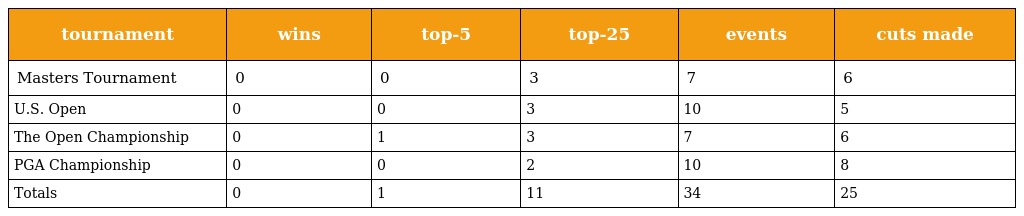
| tournament | wins | top-5 | top-25 | events | cuts made |
 | --- | --- | --- | --- | --- | --- |
 | Masters Tournament | 0 | 0 | 3 | 7 | 6 |
 | U.S. Open | 0 | 0 | 3 | 10 | 5 |
 | The Open Championship | 0 | 1 | 3 | 7 | 6 |
 | PGA Championship | 0 | 0 | 2 | 10 | 8 |
 | Totals | 0 | 1 | 11 | 34 | 25 |